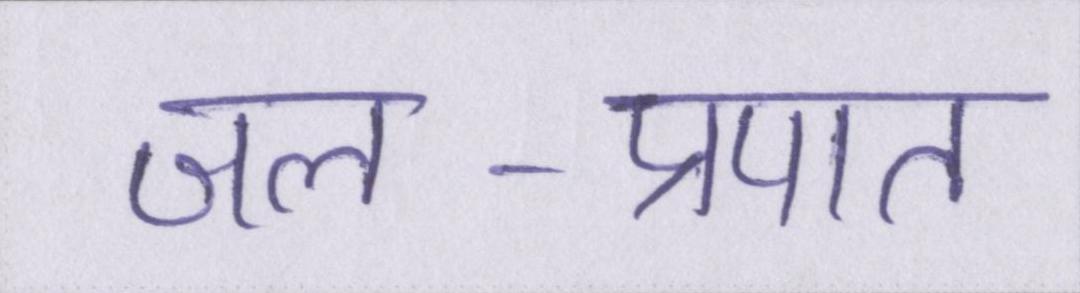
जल-प्रपात